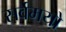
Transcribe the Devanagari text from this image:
सर्वमयो